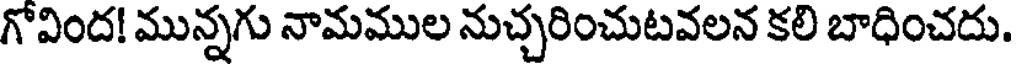
గోవింద! మున్నగు నామముల నుచ్చరించుటవలన కలి బాధించదు.